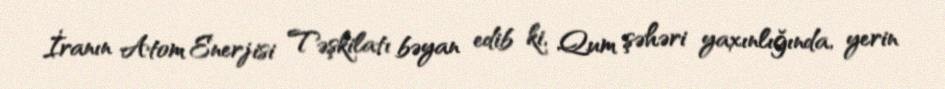
İranın Atom Enerjisi Təşkilatı bəyan edib ki, Qum şəhəri yaxınlığında, yerin